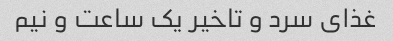
غذای سرد و تاخیر یک ساعت و نیم